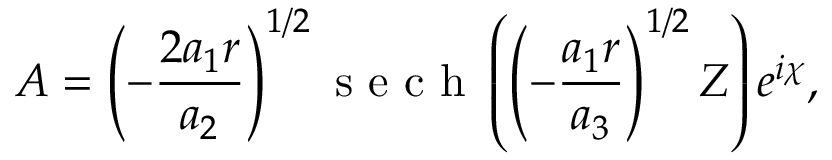
A = \left( - \frac { 2 a _ { 1 } r } { a _ { 2 } } \right) ^ { 1 / 2 } \mathrm { ~ s ~ e ~ c ~ h ~ } \left( \left( - \frac { a _ { 1 } r } { a _ { 3 } } \right) ^ { 1 / 2 } Z \right) e ^ { i \chi } ,